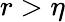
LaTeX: r>\eta